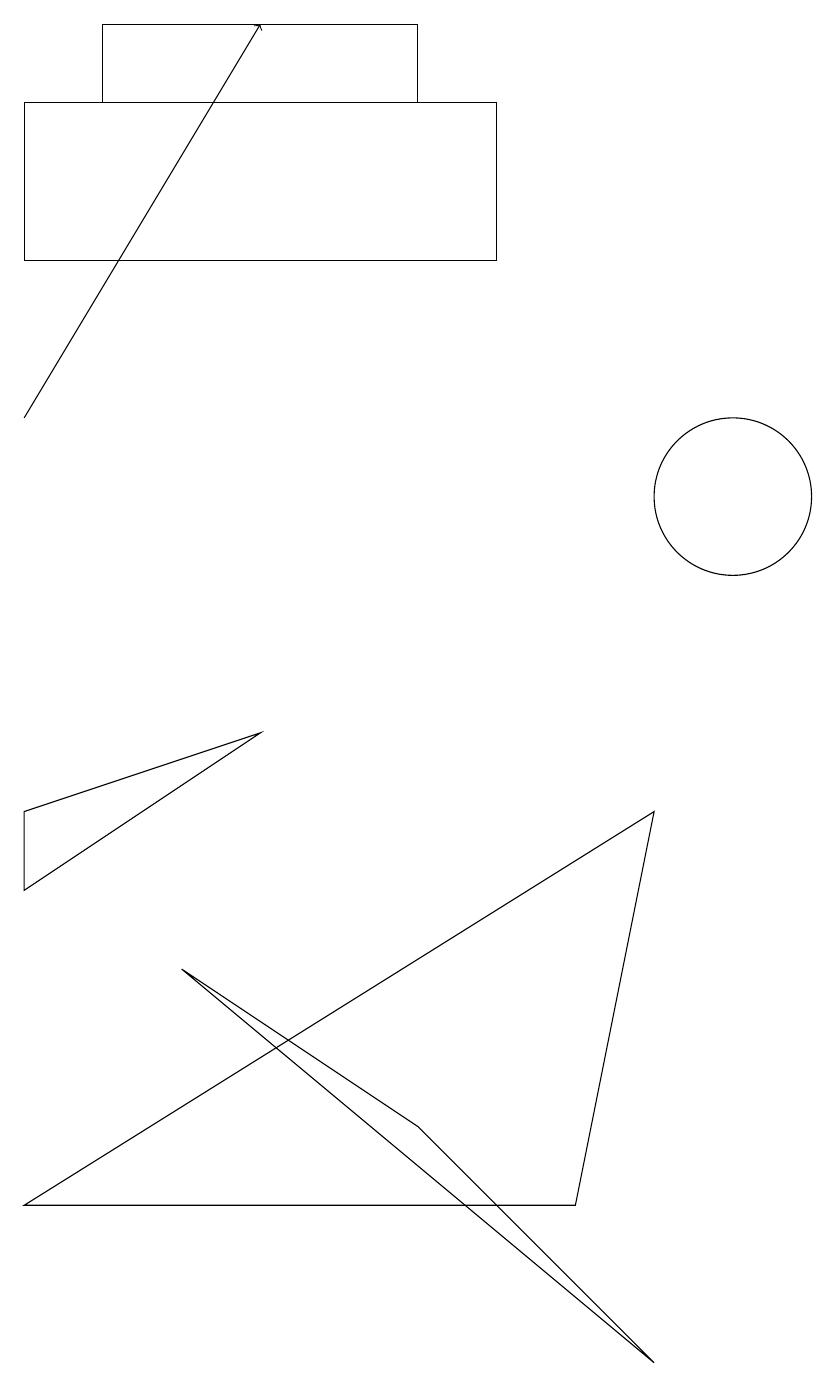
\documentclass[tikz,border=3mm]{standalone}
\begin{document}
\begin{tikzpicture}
\draw (9,0) -- (3,5) -- (6,3) -- cycle;
\draw (2,16) rectangle (6,17);
\draw (1,14) rectangle (7,16);
\draw (4,8) -- (1,6) -- (1,7) -- cycle;
\draw (9,7) -- (8,2) -- (1,2) -- cycle;
\draw (10,11) circle (1);
\draw[->] (1,12) -- (4,17);
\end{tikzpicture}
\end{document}